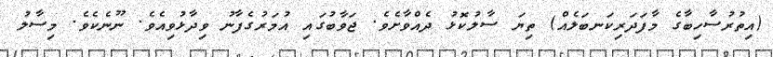
(އިތުރުސާހިބާގެ މާފަދަރިކަނބަލެއް) ތިޔަ ސާލުކޮޅު ދެއްވާށެވެ. ޖަވާބުގައި އުމަރުގެފާނު ވިދާޅުވިއެވެ. ނޫނެކެވެ. މިސާލު